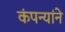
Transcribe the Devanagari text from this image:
कंपन्यांने